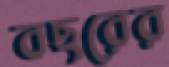
বছরের